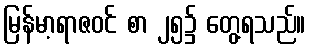
မြန်မာ့ရာဇဝင် စာ ၂၅၌ တွေ့ရသည်။